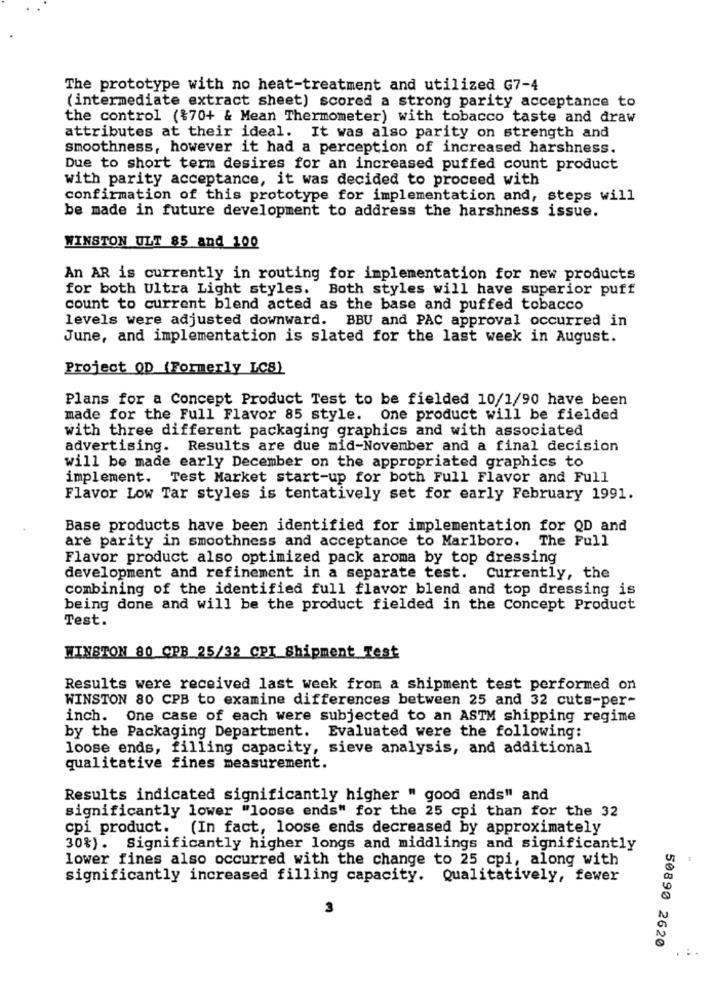
The prototype with no heat-treatment and utilized G7-4
(intermediate extract sheet) scored a strong parity acceptance to
the control ({70+ & Mean Thermometer) with tobacco taste and draw
attributes at their ideal. It was also parity on strength and
smoothness, however it had a perception of increased harshness.
Due to short term desires for an increased puffed count product
with parity acceptance, it was decided to proceed with
confirmation of this prototype for implementation and, steps will
be made in future development to address the harshness issue.
WINSTON ULT 85 and 100
An AR is currently in routing for implementation for new products
for both Ultra Light styles. Both styles will have superior puff
count to current blend acted as the base and puffed tobacco
levels were adjusted downward. BBU and PAC approval occurred in
June, and implementation is slated for the last week in August.
Project QD (Formerly LCS)
Plans for a Concept Product Test to be fielded 10/1/90 have been
made for the Full Flavor 85 style. One product will be fielded
with three different packaging graphics and with associated
advertising. Results are due mid-November and a final decision
will be made early December on the appropriated graphics to
implement. Test Market start-up for both Full Flavor and Full
Flavor Low Tar styles is tentatively set for early February 1991.
Base products have been identified for implementation for QD and
are parity in smoothness and acceptance to Marlboro. The Full
Flavor product also optimized pack aroma by top dressing
development and refinement in a separate test. Currently, the
combining of the identified full flavor blend and top dressing is
being done and will be the product fielded in the Concept Product
Test.
WINSTON 80 CPB 25/32 CPI Shipment Test
Results were received last week from a shipment test performed on
WINSTON 80 CPB to examine differences between 25 and 32 cuts-per-
inch. One case of each were subjected to an ASTM shipping regime
by the Packaging Department. Evaluated were the following:
loose ends, filling capacity, sieve analysis, and additional
qualitative fines measurement.
Results indicated significantly higher " good ends" and
significantly lower "loose ends" for the 25 cpi than for the 32
cpi product. (In fact, loose ends decreased by approximately
30%). Significantly higher longs and middlings and significantly
lower fines also occurred with the change to 25 cpi, along with
significantly increased filling capacity. Qualitatively, fewer
50890 2620